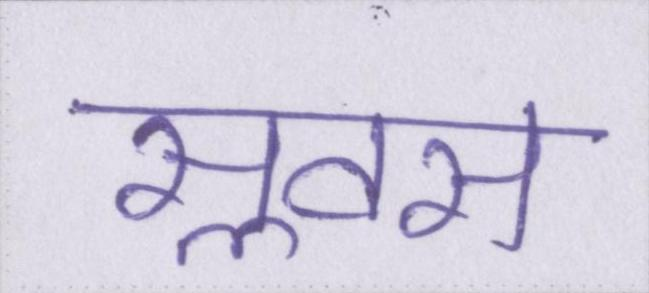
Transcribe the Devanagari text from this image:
सॢवस